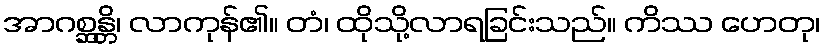
အာဂစ္ဆန္တိ၊ လာကုန်၏။ တံ၊ ထိုသို့လာရခြင်းသည်။ ကိဿ ဟေတု၊